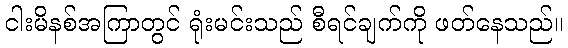
ငါးမိနစ်အကြာတွင် ရုံးမင်းသည် စီရင်ချက်ကို ဖတ်နေသည်။